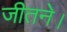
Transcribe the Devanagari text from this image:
जीतने।